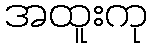
အထူးကု